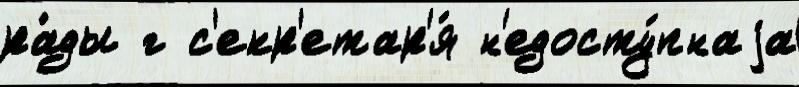
ра́ды г с'екр'етар'я́ н'едосту́пнаjа